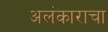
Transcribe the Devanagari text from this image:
अलंकाराचा